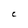
Character: C